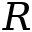
\boldsymbol { R }